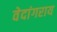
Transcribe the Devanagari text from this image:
वेदांगराय